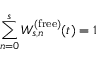
\sum _ { n = 0 } ^ { s } W _ { s , n } ^ { ( \mathrm { f r e e } ) } ( t ) = 1